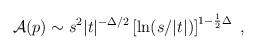
LaTeX: \begin{align*}{\cal A}(p) \sim s^2 |t|^{-\Delta/2}\left[\ln (s/|t|)\right]^{1 - \frac{1}{2}\Delta}\ ,\end{align*}